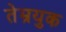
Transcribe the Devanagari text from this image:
तेम्रयुक